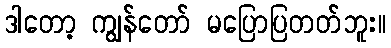
ဒါတော့ ကျွန်တော် မပြောပြတတ်ဘူး။